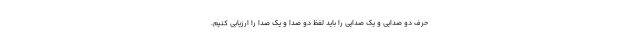
حرف دو صدایی و یک صدایی را باید لفظ دو صدا و یک صدا را ارزیابی کنیم.